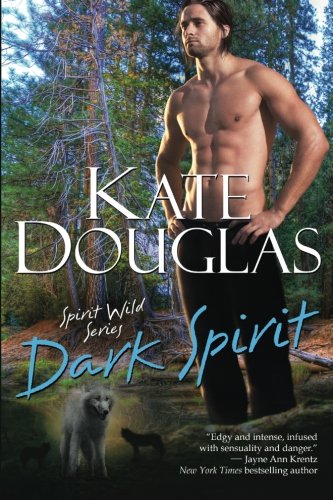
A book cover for Dark Spirit (Spirit Wild) (Volume 2); Kate Douglas; Romance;